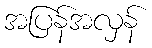
အပြန်အလှန်